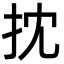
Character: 抌